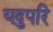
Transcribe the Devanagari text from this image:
यदुपरि